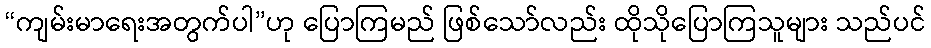
“ကျမ်းမာရေးအတွက်ပါ”ဟု ပြောကြမည် ဖြစ်သော်လည်း ထိုသိုပြောကြသူများ သည်ပင်